Vaccination in Burma 1920-1933 - 1920-1933
Year: 1920
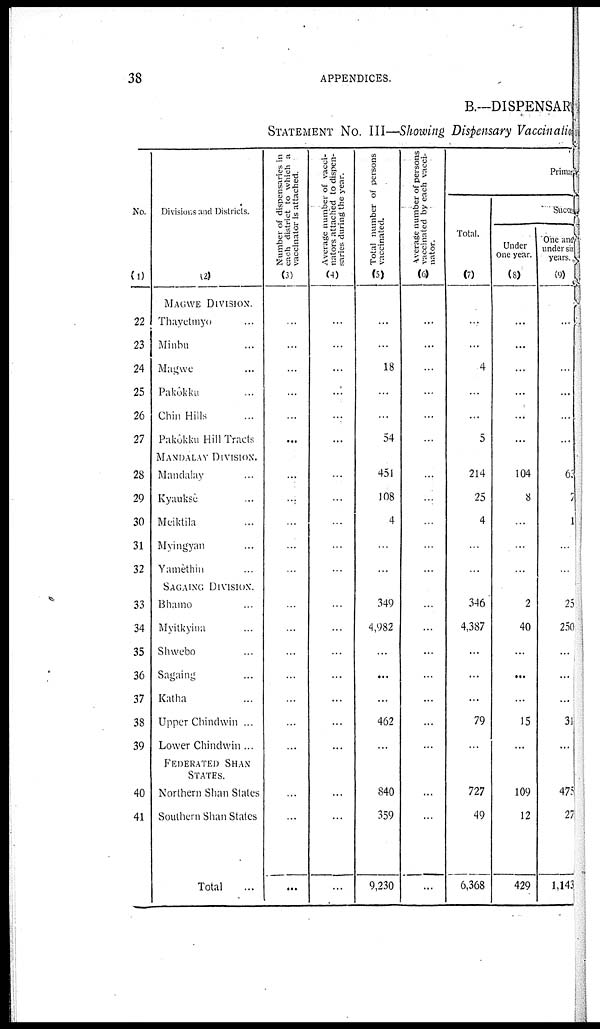
38
APPENDICES.
B.—DISPENSARY
STATEMENT No. III—Showing Dispensary Vaccination
No.
(1)
22
23
24
25
26
27
28
29
30
31
32
33
34
35
36
37
38
39
40
41
Divisions and Districts.
(2)
MAGWE DIVISION.
Thayetmyo ...
Minbu ...
Magwe ...
Pakôkku ...
Chin Hills ...
Pakôkku Hill Tracts
MANDALAY DIVISION.
Mandalay ...
Kyauksè ...
Meiktila ...
Myingyan ...
Yamèthin ...
SAGAING DIVISION.
Bhamo ...
Myitkyina ...
Shwebo ...
Sagaing ...
Katha ...
Upper Chindwin ...
Lower Chindwin...
FEDERATED SHAN
STATES.
Northern Shan States
Southern Shan States
Total ...
Number of dispensaries in
each district to which a
vaccinator is attached.
(3)
...
...
...
...
...
...
...
...
...
...
...
...
...
...
...
...
...
...
...
...
...
Average number of vacci-
nators attached to dispen-
saries during the year.
(4)
...
...
...
...
...
...
...
...
...
...
...
...
...
...
...
...
...
...
...
...
...
Total number of persons
vaccinated.
(5)
...
...
18
...
...
54
451
108
4
...
...
349
4,982
...
...
...
462
...
840
359
9,230
Average number of persons
vaccinated by each vacci-
nator.
(6)
...
...
...
...
...
...
...
...
...
...
...
...
...
...
...
...
...
...
...
...
...
Primary
Total.
(7)
...
...
4
...
...
5
214
25
4
...
...
346
4,387
...
...
...
79
...
727
49
6,368
Success
Under
One year.
(8)
...
...
...
...
...
...
104
8
...
...
...
2
40
...
...
...
15
...
109
12
429
One and
under six
years.
(9)
...
...
...
...
...
63
7
1
...
...
25
250
...
...
...
31
...
475
27
1,143